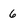
Character: 6